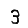
Digit: 3